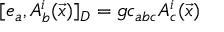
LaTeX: [ e _ { a } , A _ { b } ^ { i } ( \vec { x } ) ] _ { D } = g c _ { a b c } A _ { c } ^ { i } ( \vec { x } )